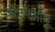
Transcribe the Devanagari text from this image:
जीएमओयू